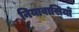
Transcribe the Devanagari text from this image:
नियावासियों